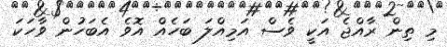
މި ތިން ރާއްޖެ އަކީ ވެސް އަމިއްލަ ބަހެއް އޮވެ އެބަހުން ވާހަކަ